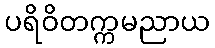
ပရိဝိတက္ကမညာယ